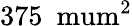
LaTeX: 375~\mathrm{\ mum^{2}}